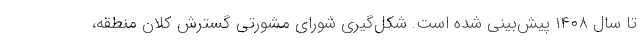
تا سال ۱۴۰۸ پیش‌بینی شده است. شکل‌گیری شورای مشورتی گسترش کلان منطقه،